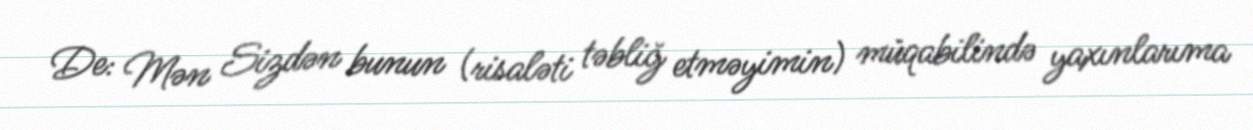
De: Mən Sizdən bunun (risaləti təbliğ etməyimin) müqabilində yaxınlarıma